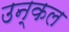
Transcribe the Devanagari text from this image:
उन्कल